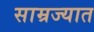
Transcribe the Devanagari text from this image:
साम्रज्यात